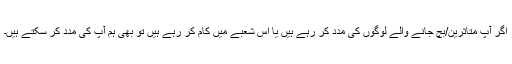
اگر آپ متاثرین/بچ جانے والے لوگوں کی مدد کر رہے ہیں یا اس شعبے میں کام کر رہے ہیں تو بھی ہم آپ کی مدد کر سکتے ہیں۔